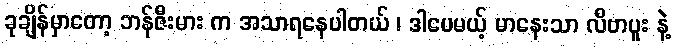
ခုချိန်မှာတော့ ဘန်ဇီးမား က အသာရနေပါတယ် ၊ ဒါပေမယ့် မာနေးသာ လီဗာပူး နဲ့